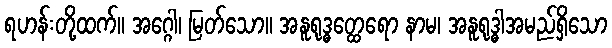
ရဟန်းတို့ထက်။ အဂ္ဂေါ၊ မြတ်သော။ အနူရုဒ္ဓတ္ထေရော နာမ၊ အနူရုဒ္ဓါအမည်ရှိသော